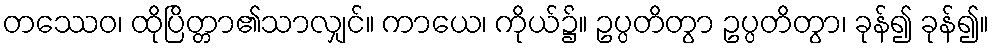
တဿေဝ၊ ထိုပြိတ္တာ၏သာလျှင်။ ကာယေ၊ ကိုယ်၌။ ဥပ္ပတိတွာ ဥပ္ပတိတွာ၊ ခုန်၍ ခုန်၍။